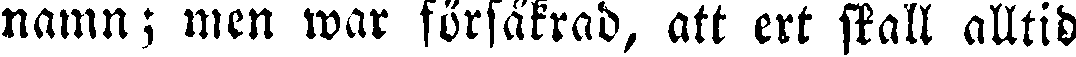
namn; men war försäkrad, att ert skall alltid